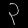
Digit: ၃